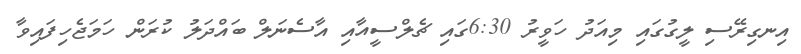
އިނގިރޭސި ލީގުގައި މިއަދު ހަވީރު 6:30ގައި ޗެލްސީއާއި އާސެނަލް ބައްދަލު ކުރަން ހަމަޖެހިފައިވާ